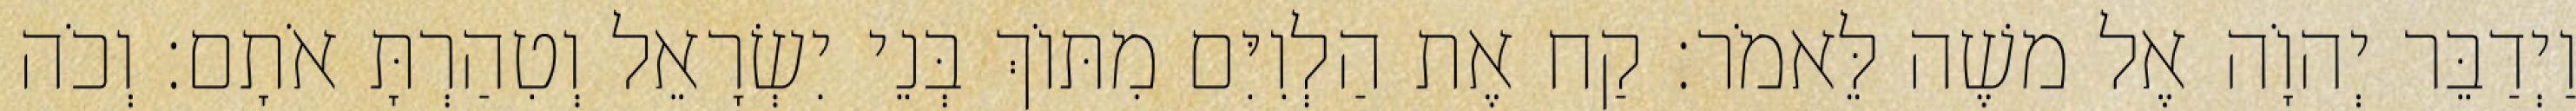
וַיְדַבֵּר יְהוָֹה אֶל משֶׁה לֵּאמֹר׃ קַח אֶת הַלְוִיִּם מִתּוֹךְ בְּנֵי יִשְׂרָאֵל וְטִהַרְתָּ אֹתָם׃ וְכֹה